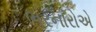
ભરનારોએ